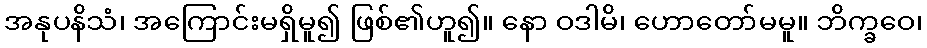
အနုပနိသံ၊ အကြောင်းမရှိမူ၍ ဖြစ်၏ဟူ၍။ နော ဝဒါမိ၊ ဟောတော်မမူ။ ဘိက္ခဝေ၊